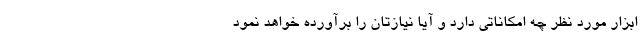
ابزار مورد نظر چه امکاناتی دارد و آیا نیازتان را برآورده خواهد نمود